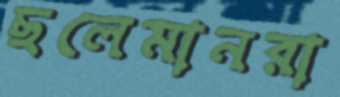
ছলেমানরা